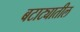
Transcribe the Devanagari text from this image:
बटाट्यातील